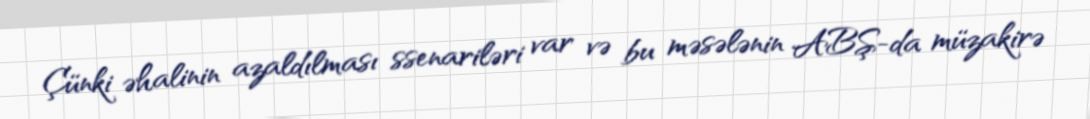
Çünki əhalinin azaldılması ssenariləri var və bu məsələnin ABŞ-da müzakirə